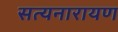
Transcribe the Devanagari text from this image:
सत्‍यनारायण